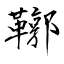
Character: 鞹